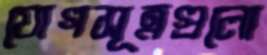
যোগসূত্রগুলো